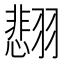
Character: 𫅰